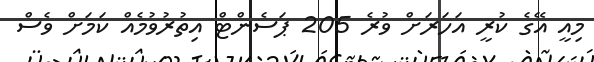
މިއީ އޭގެ ކުރީ އަހަރަށް ވުރެ 205 ޕަސެންޓް އިތުރުވުމެއް ކަމަށް ވެސް